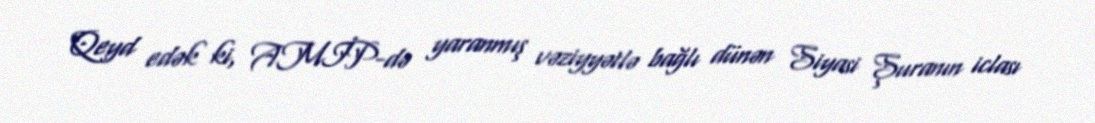
Qeyd edək ki, AMİP-də yaranmış vəziyyətlə bağlı dünən Siyasi Şuranın iclası